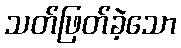
သတ်ဖြတ်ခဲ့သော